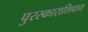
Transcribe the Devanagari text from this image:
पुरस्काराशिवाय